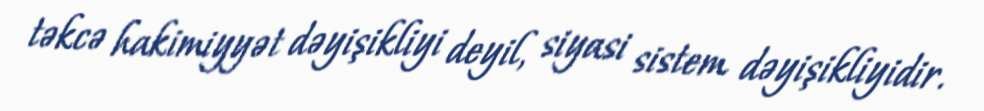
təkcə hakimiyyət dəyişikliyi deyil, siyasi sistem dəyişikliyidir.